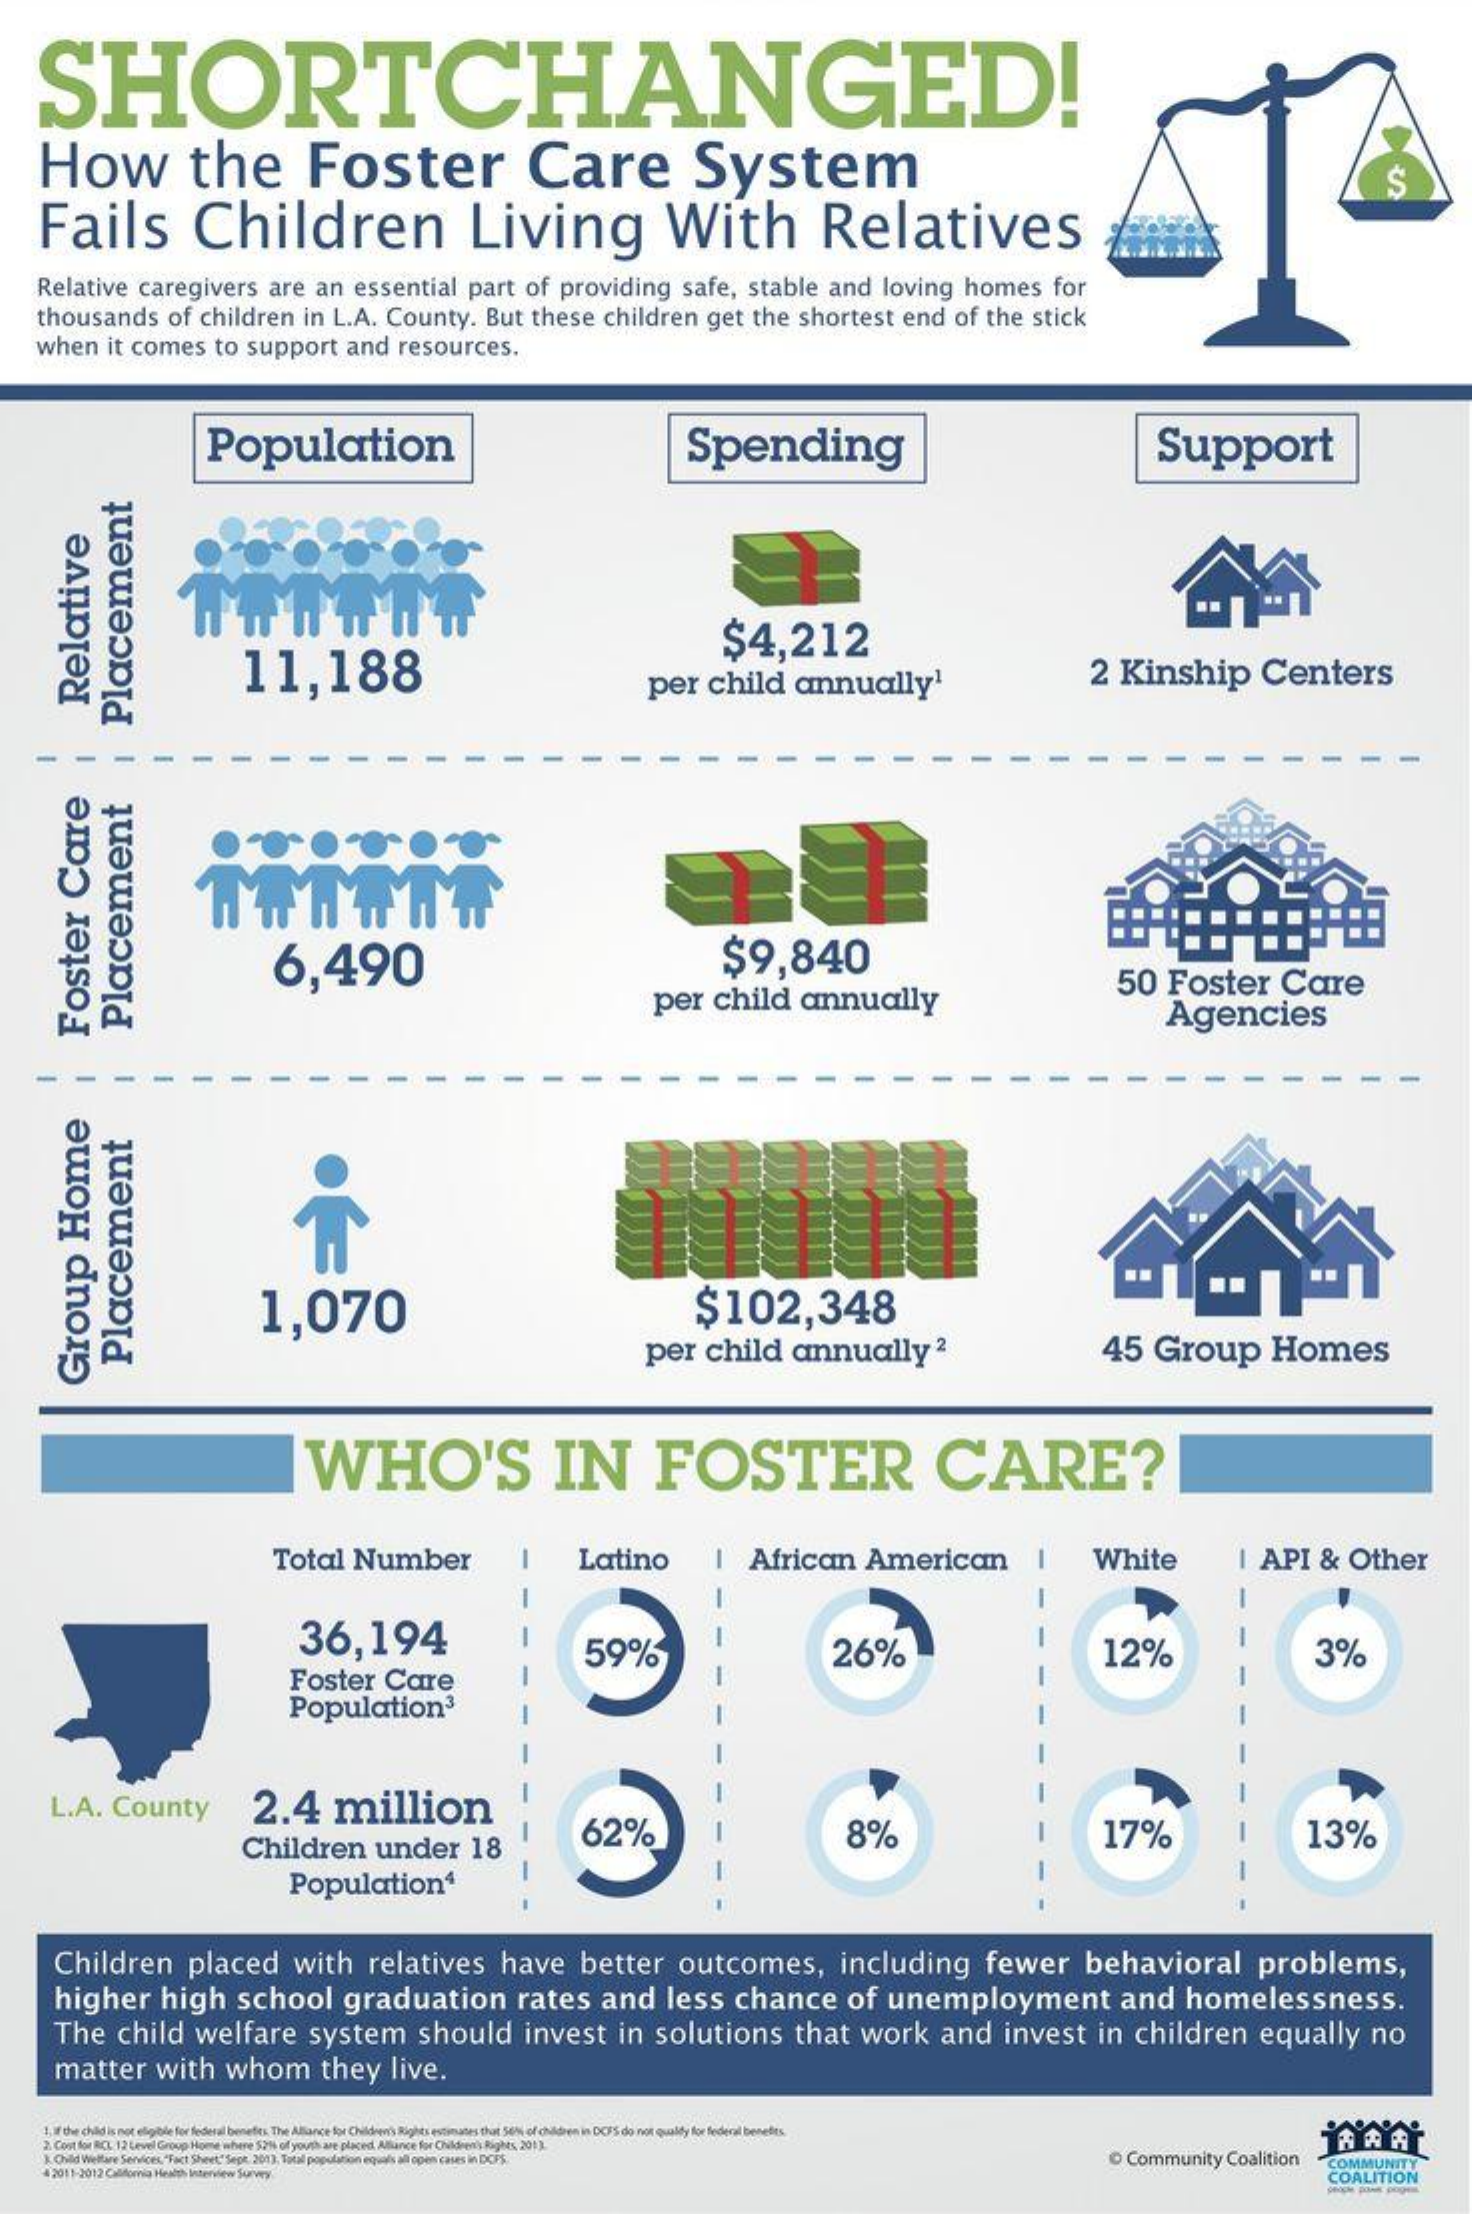
SHORTCHANGED!
     How    the    Foster    Care    System
     Fails    Children    Living    With    Relatives
     S
     Relative    caregivers    are    an    essential    part    of    providing    safe,    stable    and    loving    homes    for
     thousands    of    children    in   L.A.    County.    But    these    children    get    the    shortest    end    of   the    stick
     when    it   comes    to    support    and    resources.
     Population    Spending    Support
     11,188
     $4,212
     per    child    annually1    2   Kinship    Centers
     Relative Placement
     -    -
     6,490    $9,840
     per    child    annually
     50    Foster    Care
     Agencies
     Placement Foster
     Care
     -    -
     1,070    $102,348
     per    child    annually    2    45    Group    Homes
     Placement
     Group
     Home
     WHO'S    IN    FOSTER    CARE?
     Total    Number    Latino    African    American    White    I  API    &    Other
     -
     36,194    59%    26%    12%    3%
     -
     Foster    Care
     Population3
     -
     L.A.    County    2.4    million
     Children    under    18
     62%    8%    17%    13%
     Population4
     Children    placed    with    relatives    have    better    outcomes,    including    fewer    behavioral    problems,
     higher    high    school    graduation    rates    and    less    chance    of    unemployment    and    homelessness.
     The    child    welfare    system    should    invest    in    solutions    that    work    and    invest    in    children    equally    no
     matter    with    whom    they    live.
     1jif the child is not eligible for federal benefes The Alliance for Children's Rights estimates that 50%% of children in DCF'S do not qualify for federal benefits.
     2. Cost for RCL 12 Level Group Home where 521% of youth are placed, Alliance for Children's Rights, 201)
     \Child Welfare Services. "Fact Sheet" Sept. 2013, Total population equals all open cases in DCFS.    O  Community    Coalition
     4 2011-2012 California Health Interview Survey
     COMMUNITY
     COALITION
     --    --